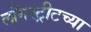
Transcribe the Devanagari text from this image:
लाँगस्ट्रीटच्या